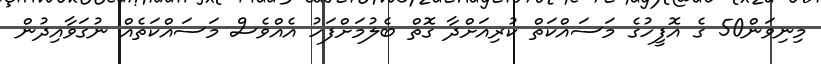
މިނިވަން50 ގެ އޮފީހުގެ މަސައްކަތް ކުރިއަށްދާ ގޮތް ބެލުމަށްފަހު އެއްވެސް މަސައްކަތެއް ނުގަވާއިދުން